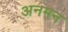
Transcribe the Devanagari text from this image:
अनमन